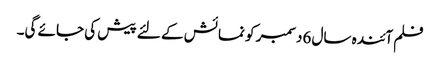
فلم آئندہ سال 6دسمبر کو نمائش کے لئے پیش کی جائے گی۔